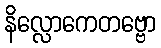
နိလ္လောကေတဗ္ဗော